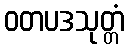
ဝတပဒသုတ္တံ